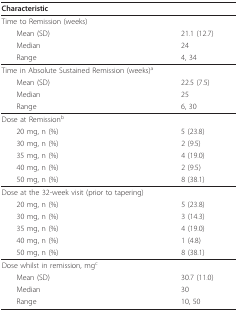
| <COLSPAN=2> Characteristic |
 | --- | --- |
 | Time to Remission (weeks) |  |
 | Mean (SD) | 21.1 (12.7) |
 | Median | 24 |
 | Range | 4, 34 |
 | Time in Absolute Sustained Remission (weeks)a |  |
 | Mean (SD) | 22.5 (7.5) |
 | Median | 25 |
 | Range | 6, 30 |
 | Dose at Remissionb |  |
 | 20 mg, n (%) | 5 (23.8) |
 | 30 mg, n (%) | 2 (9.5) |
 | 35 mg, n (%) | 4 (19.0) |
 | 40 mg, n (%) | 2 (9.5) |
 | 50 mg, n (%) | 8 (38.1) |
 | Dose at the 32-week visit (prior to tapering) |  |
 | 20 mg, n (%) | 5 (23.8) |
 | 30 mg, n (%) | 3 (14.3) |
 | 35 mg, n (%) | 4 (19.0) |
 | 40 mg, n (%) | 1 (4.8) |
 | 50 mg, n (%) | 8 (38.1) |
 | Dose whilst in remission, mgc |  |
 | Mean (SD) | 30.7 (11.0) |
 | Median | 30 |
 | Range | 10, 50 |